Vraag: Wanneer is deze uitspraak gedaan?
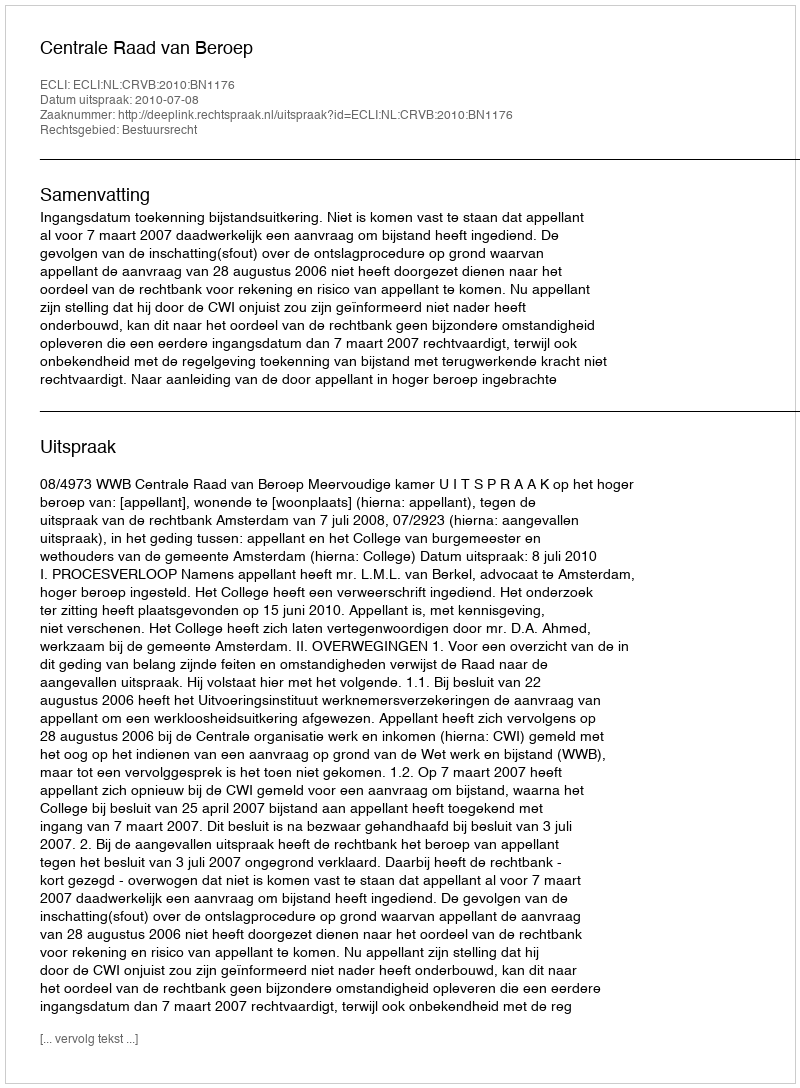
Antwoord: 2010-07-08